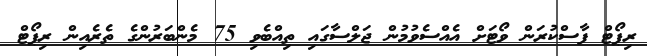
ރިޕޯޓް ފާސްކުރަން ވޯޓަށް އެއްސެވުމުން ޖަލްސާގައި ތިއްބެވި 75 މެންބަރުންގެ ތެރެއިން ރިޕޯޓް